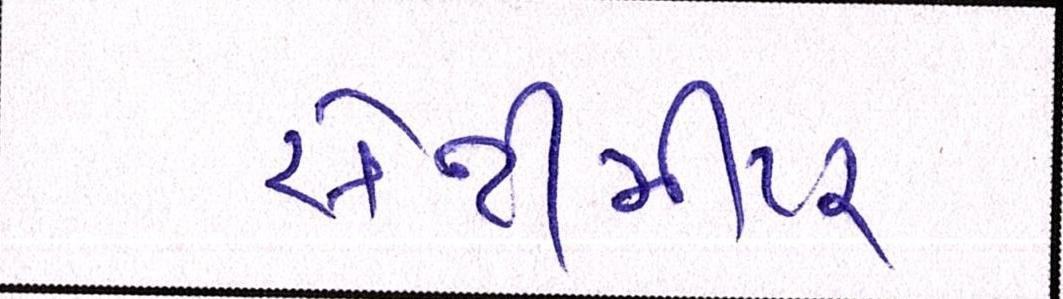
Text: સેન્ટીમીટર